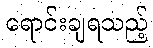
ရောင်းချရသည့်